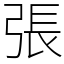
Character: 張